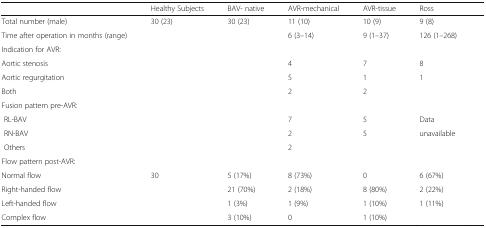
<table><thead><tr><td></td><td><b>Healthy Subjects</b></td><td><b>BAV- native</b></td><td><b>AVR-mechanical</b></td><td><b>AVR-tissue</b></td><td><b>Ross</b></td><td></td></tr></thead><tbody><tr><td>Total number (male)</td><td>30 (23)</td><td>30 (23)</td><td>11 (10)</td><td>10 (9)</td><td>9 (8)</td><td></td></tr><tr><td>Time after operation in months (range)</td><td></td><td></td><td>6 (3–14)</td><td>9 (1–37)</td><td>126 (1–268)</td><td></td></tr><tr><td colspan="7">Indication for AVR:</td></tr><tr><td>Aortic stenosis</td><td></td><td></td><td>4</td><td>7</td><td>8</td><td></td></tr><tr><td>Aortic regurgitation</td><td></td><td></td><td>5</td><td>1</td><td>1</td><td></td></tr><tr><td>Both</td><td></td><td></td><td>2</td><td>2</td><td></td><td></td></tr><tr><td colspan="7">Fusion pattern pre-AVR:</td></tr><tr><td> RL-BAV</td><td></td><td></td><td>7</td><td>5</td><td>Data</td><td></td></tr><tr><td> RN-BAV</td><td></td><td></td><td>2</td><td>5</td><td>unavailable</td><td></td></tr><tr><td> Others</td><td></td><td></td><td>2</td><td></td><td></td><td></td></tr><tr><td colspan="7">Flow pattern post-AVR:</td></tr><tr><td>Normal flow</td><td>30</td><td>5 (17%)</td><td>8 (73%)</td><td>0</td><td>6 (67%)</td><td></td></tr><tr><td>Right-handed flow</td><td></td><td>21 (70%)</td><td>2 (18%)</td><td>8 (80%)</td><td>2 (22%)</td><td></td></tr><tr><td>Left-handed flow</td><td></td><td>1 (3%)</td><td>1 (9%)</td><td>1 (10%)</td><td>1 (11%)</td><td></td></tr><tr><td>Complex flow</td><td></td><td>3 (10%)</td><td>0</td><td>1 (10%)</td><td></td><td></td></tr></tbody></table>